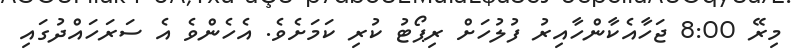
މިރޭ 8:00 ޖަހާއެކާންހާއިރު ފުލުހަށް ރިޕޯޓު ކުރި ކަމަށެވެ. އެހެންވެ އެ ސަރަހައްދުގައި